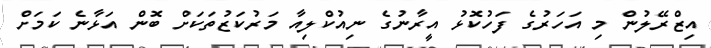
އިޒްރޭލުން މި އަހަރުގެ ފަހުކޮޅު އީރާނުގެ ނިއުކްލިއާ މަރުކަޒުތަކަށް ބޮން އަޅާނެ ކަމަށް